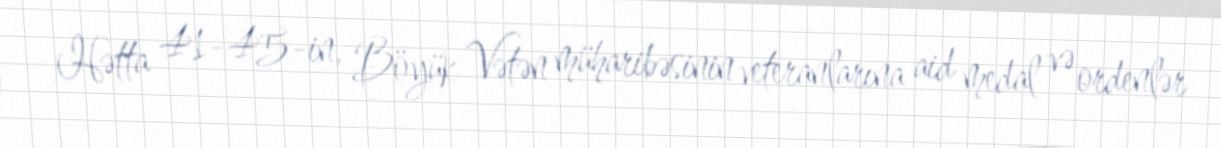
Hətta 41-45-in, Böyük Vətən müharibəsinin veteranlarına aid medal və ordenlər